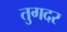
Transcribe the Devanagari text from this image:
तुगदर